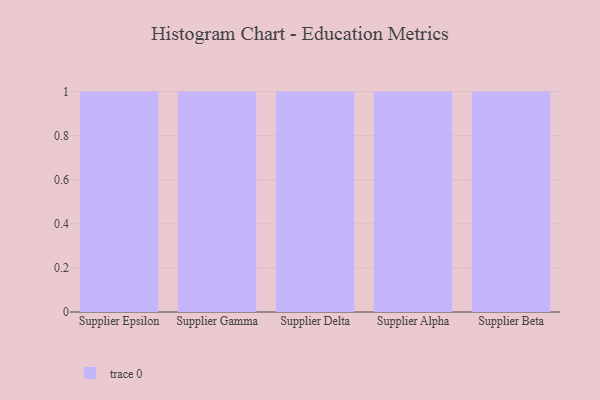
{"axis": {"x": "Supplier", "y": "Waste Production (Tons)"}, "legend": [""], "data": [{"x": "Supplier Epsilon", "y": 59, "type": ""}, {"x": "Supplier Gamma", "y": 76, "type": ""}, {"x": "Supplier Delta", "y": 20, "type": ""}, {"x": "Supplier Alpha", "y": 42, "type": ""}, {"x": "Supplier Beta", "y": 55, "type": ""}]}